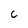
Character: C